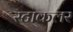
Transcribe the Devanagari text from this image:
स्टाकलर